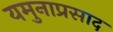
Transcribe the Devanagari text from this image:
यमुनाप्रसाद